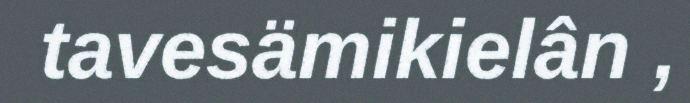
tavesämikielân ,